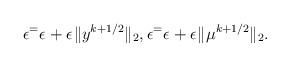
LaTeX: \begin{align*}\epsilon^ = \epsilon^{} + \epsilon^{} \|y^{k+1/2}\|_2, \epsilon^ = \epsilon^{} + \epsilon^{} \|\mu^{k+1/2}\|_2.\end{align*}